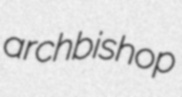
archbishop